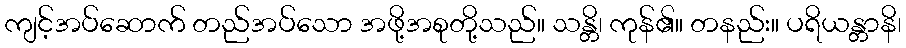
ကျင့်အပ်ဆောက် တည်အပ်သော အဖို့အစုတို့သည်။ သန္တိ၊ ကုန်၏။ တနည်း။ ပရိယန္တာနိ၊